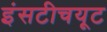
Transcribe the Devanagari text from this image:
इंसटीचयूट